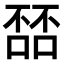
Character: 𫫘